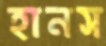
হানস